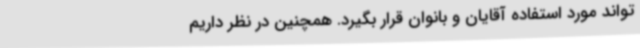
تواند مورد استفاده آقایان و بانوان قرار بگیرد. همچنین در نظر داریم